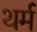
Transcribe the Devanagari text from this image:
थर्म